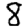
Digit: 8